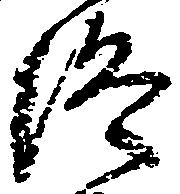
終